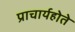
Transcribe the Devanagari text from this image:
प्राचार्यहोते